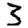
Digit: 3